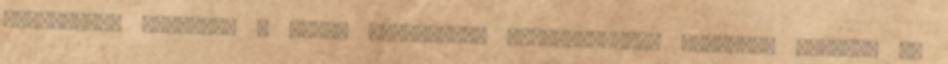
alternatív elmélete a „faj” fogalmához kapcsolódott. Gobineau szerint az